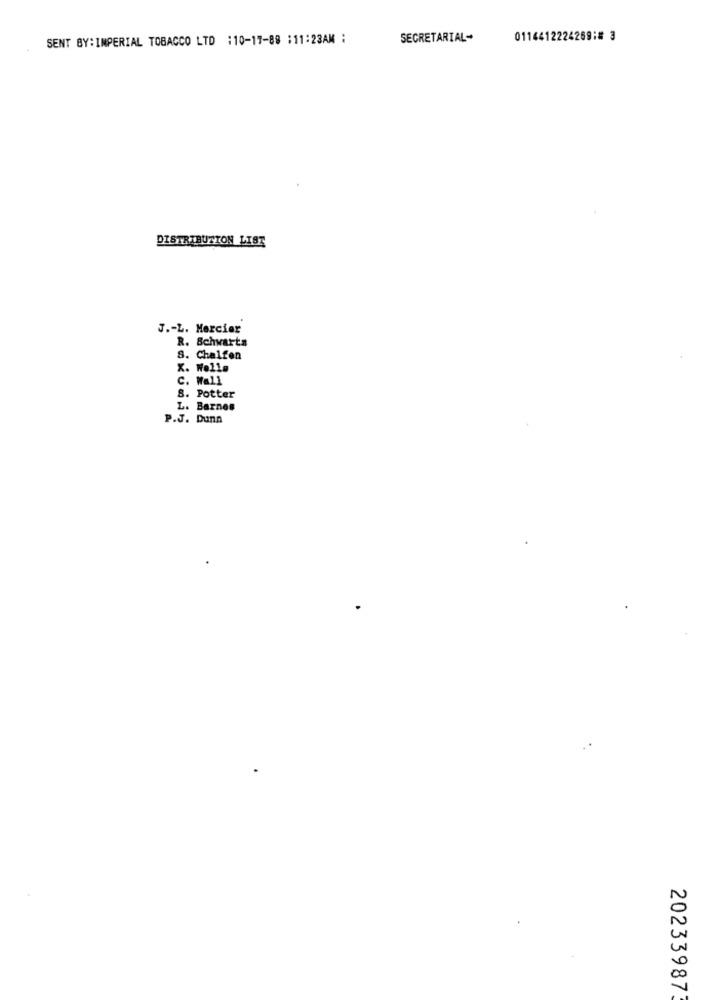
SENT BY:IMPERIAL TOBACCO LTD :10-17-88 :11:23AM :
SECRETARIAL-
0114412224269:# 3
DISTRIBUTION LIST
J .- L. Mercier
R. Schwarts
8. Chalfen
X. Wolla
C. Wall
8. Potter
L. Barnes
P.J. Dunn
202339873